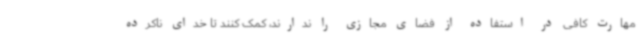
مهارت کافی در استفاده از فضای مجازی را ندارند، کمک کنند تا خدای ناکرده